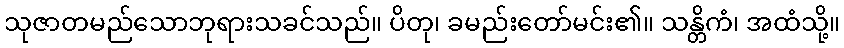
သုဇာတမည်သောဘုရားသခင်သည်။ ပိတု၊ ခမည်းတော်မင်း၏။ သန္တိကံ၊ အထံသို့။